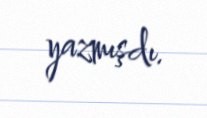
yazmışdı.